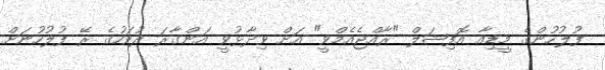
ފުލުހުންގެ މީޑިއާ އޮފިޝަލް "ރާއްޖެއެމްވީ" އަށް ވިދާޅުވީ އަންގާރަ ދުވަހުގެ ރޭ ފުލުހުނަށް